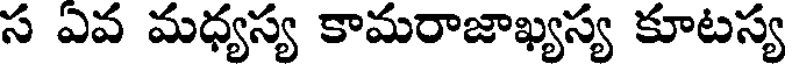
స ఏవ మధ్యస్య కామరాజాఖ్యస్య కూటస్య